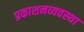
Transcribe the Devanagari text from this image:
प्रकाशनव्यवस्था